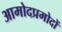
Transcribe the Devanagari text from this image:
आमोदप्रमोदों